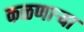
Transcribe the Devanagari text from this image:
कळणाऱ्या